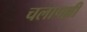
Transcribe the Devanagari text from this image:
चलापल्ली